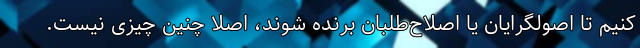
کنیم تا اصولگرایان یا اصلاح‌طلبان برنده شوند، اصلاً چنین چیزی نیست.